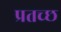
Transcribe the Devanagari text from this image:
प्रतच्छ